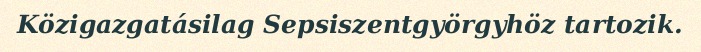
Közigazgatásilag Sepsiszentgyörgyhöz tartozik.